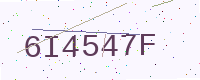
Text: 6I4547F